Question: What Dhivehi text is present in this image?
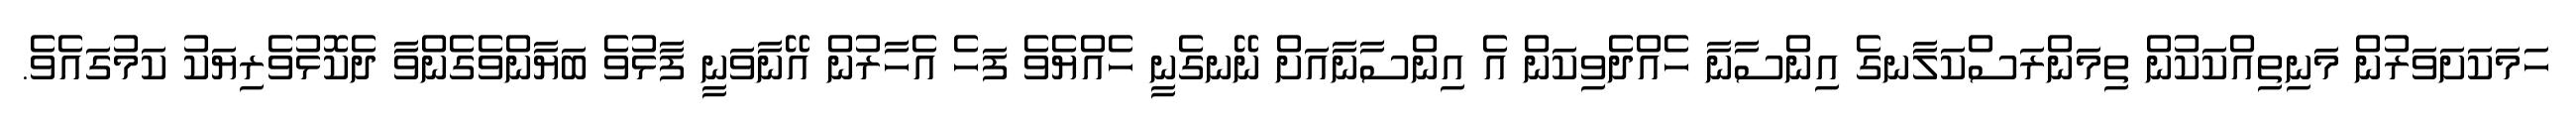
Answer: ހަމަކަށަވަރުން މަނިތިއްކަކުން ތިމަންރަސްކަލާނގެ އިންސާނާ ހެއްދެވިކަން އެ އިންސާނާއަށް ނޭނގެނީ ހެއްޔެވެ ފަހެ އެހާރުން އޭނާވަނީ ފާޅުވެ ބަޔާންވެގެންވާ ދެކޮޅުވެރިޔަކު ކަމުގައެވެ.